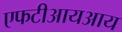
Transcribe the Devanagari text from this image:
एफटीआयआय